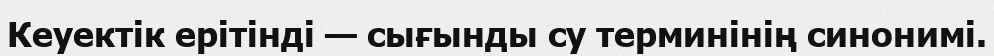
Кеуектік ерітінді — сығынды су терминінің синонимі.